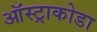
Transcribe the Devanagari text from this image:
ऑस्ट्राकोडा